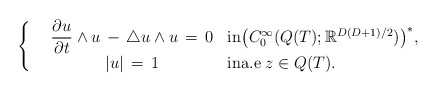
\begin{align*}\left\{\begin{array}{ccl}& \dfrac {\partial u}{\partial t} \wedge u \, - \, \triangle u \wedge u \, = \, 0 & {\rm in} \bigl(C_0^\infty ({Q(T)};\mathbb{R}^{D(D+1)/2}) \bigr)^*,\\& | u | \, = \, 1 & {\rm in} {\rm a.e} \; z \in {Q(T)}.\end{array}\right.\end{align*}